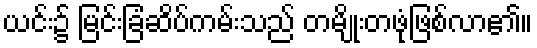
ယင်း၌ မြင်းခြံဆိပ်ကမ်းသည် တမျိုးတဖုံဖြစ်လာ၏။